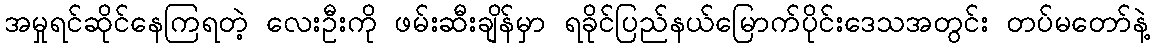
အမှုရင်ဆိုင်နေကြရတဲ့ လေးဦးကို ဖမ်းဆီးချိန်မှာ ရခိုင်ပြည်နယ်မြောက်ပိုင်းဒေသအတွင်း တပ်မတော်နဲ့